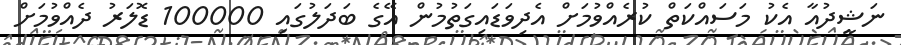
ނަޝީދުއާ އެކު މަސައްކަތް ކުރެއްވުމަށް އެދިވަޑައިގަތުމުން އޭގެ ބަދަލުގައި 100000 ޑޮލަރު ދެއްވުމަށް